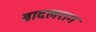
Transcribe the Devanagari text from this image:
बादलराग